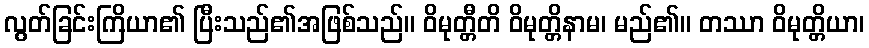
လွတ်ခြင်းကြိယာ၏ ပြီးသည်၏အဖြစ်သည်။ ဝိမုတ္တီတိ ဝိမုတ္တိနာမ၊ မည်၏။ တဿာ ဝိမုတ္တိယာ၊